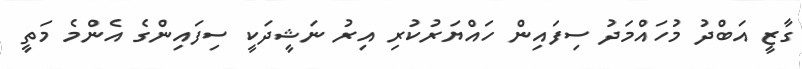
ގާޒީ އަބްދު މުހައްމަދު ސިފައިން ހައްޔަރުކުރި އިރު ނަޝީދަކީ ސިފައިންގެ އެންމެ މަތީ